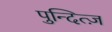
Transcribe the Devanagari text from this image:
पुन्दित्ज़